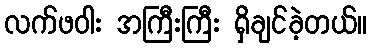
လက်ဖဝါး အကြီးကြီး ရှိချင်ခဲ့တယ်။